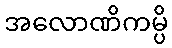
အလောဏိကမ္ပိ